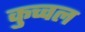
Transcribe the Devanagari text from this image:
कुच्चल